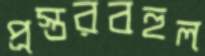
প্রস্তরবহুল